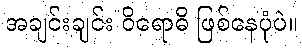
အချင်းချင်း ဝိရောဓိ ဖြစ်နေပုံပဲ။